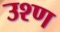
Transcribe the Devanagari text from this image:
उश्ण